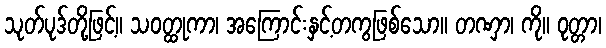
သုတ်ပုဒ်တို့ဖြင့်။ သဝတ္ထုကာ၊ အကြောင်းနှင့်တကွဖြစ်သော။ တဏှာ၊ ကို။ ဝုတ္တာ၊